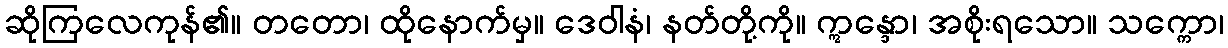
ဆိုကြလေကုန်၏။ တတော၊ ထိုနောက်မှ။ ဒေဝါနံ၊ နတ်တို့ကို။ ဣန္ဒော၊ အစိုးရသော။ သက္ကော၊